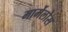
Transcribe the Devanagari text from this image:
मार्मेलोस